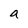
Character: a